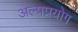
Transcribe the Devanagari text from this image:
अल्पप्रयोग